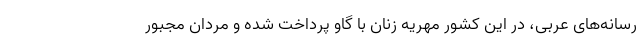
رسانه‌های عربی، در این کشور مهریه زنان با گاو پرداخت شده و مردان مجبور